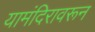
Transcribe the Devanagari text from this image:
यामंदिरावरून